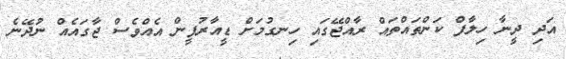
އަދި ދީނާ ހިލާފް ކަންތައްތައް ރާއްޖޭގައި ހިނގުމަށް ޑީއާރުޕީން އެއްވެސް ޖާގައެއް ނުދޭނެ